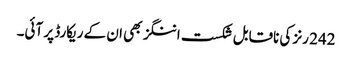
242 رنز کی ناقابل شکست اننگز بھی ان کے ریکارڈ پر آئی۔